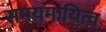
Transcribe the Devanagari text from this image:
समयमायित्व